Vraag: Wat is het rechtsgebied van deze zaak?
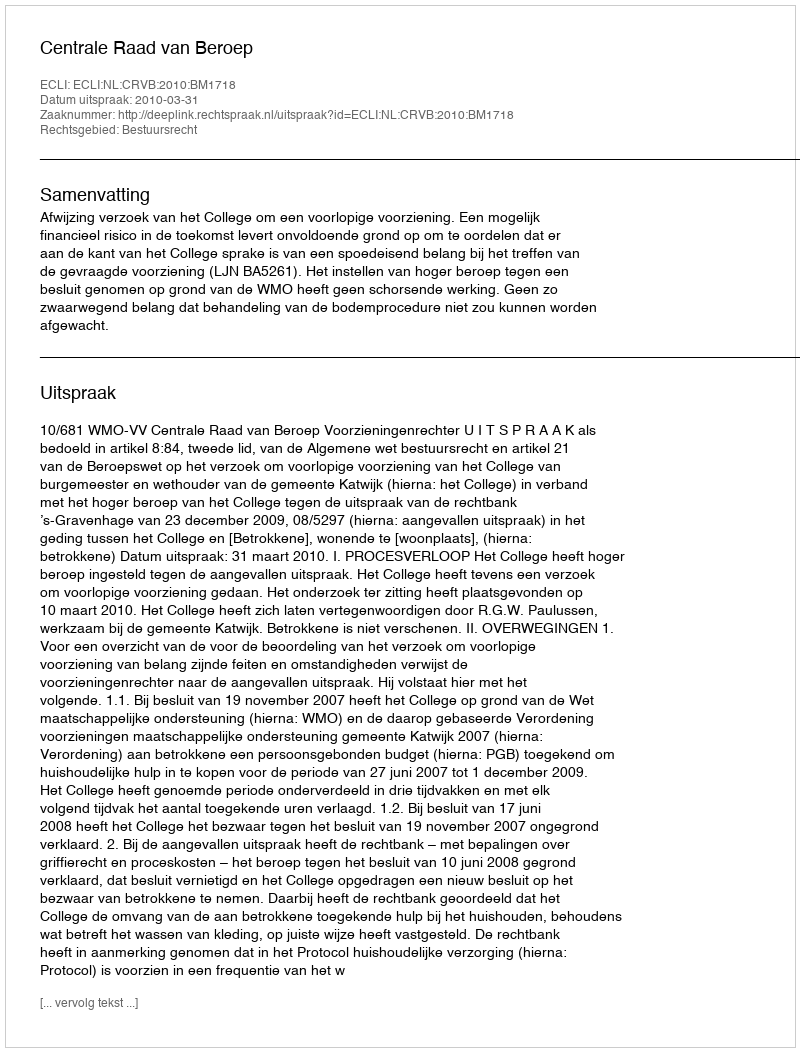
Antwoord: Bestuursrecht